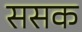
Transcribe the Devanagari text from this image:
ससक